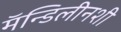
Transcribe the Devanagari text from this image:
मॅन्डिलीनशी